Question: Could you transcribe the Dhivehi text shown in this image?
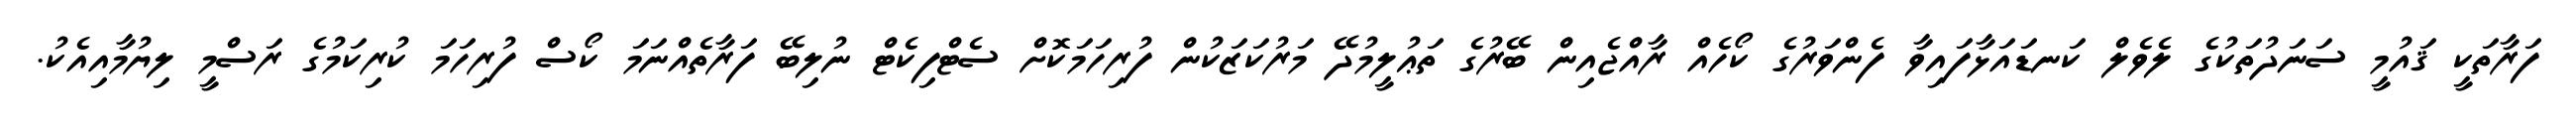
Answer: ފަރާތަކީ ޤައުމީ ސަނަދުތަކުގެ ލެވެލް ކަނޑައަޅާފައިވާ ފެންވަރުގެ ކޯހެއް ރާއްޖެއިން ބޭރުގެ ތަޢުލީމުދޭ މަރުކަޒަކުން ފުރިހަމަކޮށް ސެޓްފިކެޓް ނުލިބޭ ފަރާތެއްނަމަ ކޯސް ފުރިހަމަ ކުރިކަމުގެ ރަސްމީ ލިޔުމާއިއެކު.